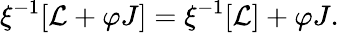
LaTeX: \xi^{-1}[{\cal L}+\varphi J]=\xi^{-1}[{\cal L}]+\varphi J.